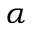
\alpha